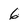
Character: 6